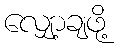
လျှော့ချဖို့